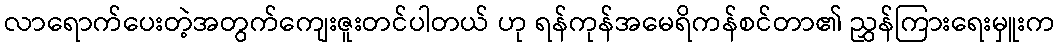
လာရောက်ပေးတဲ့အတွက်ကျေးဇူးတင်ပါတယ် ဟု ရန်ကုန်အမေရိကန်စင်တာ၏ ညွှန်ကြားရေးမှူးက